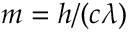
m = h / ( c \lambda )